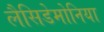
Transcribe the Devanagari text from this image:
लैसिडेमोनिया